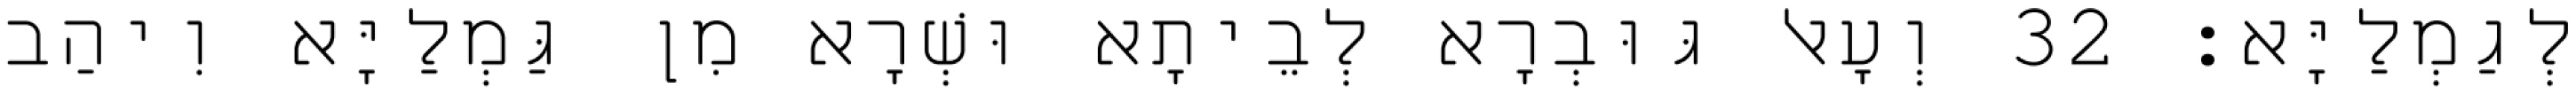
לְגַמְלַיָּא׃ 32 וְעָאל גּוּבְרָא לְבֵיתָא וּשְׁרָא מִן גַּמְלַיָּא וִיהַב